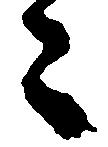
々